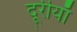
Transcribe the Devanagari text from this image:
दूरीयाँ